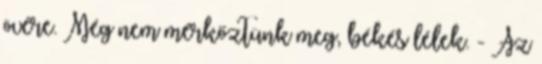
övére. Még nem mérkőztünk meg, békés lélek. - Az